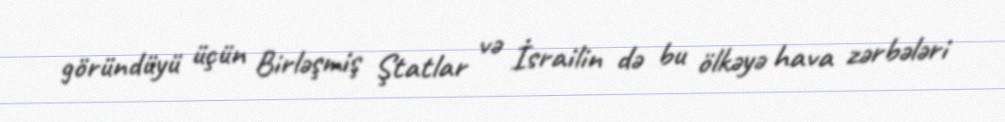
göründüyü üçün Birləşmiş Ştatlar və İsrailin də bu ölkəyə hava zərbələri